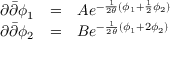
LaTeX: \begin{array} { l c l } { { \partial { \bar { \partial } } \phi _ { 1 } } } & { { = } } & { { A e ^ { - \frac { 1 } { 2 \theta } ( \phi _ { 1 } + \frac { 1 } { 2 } \phi _ { 2 } ) } } } \\ { { \partial { \bar { \partial } } \phi _ { 2 } } } & { { = } } & { { B e ^ { - \frac { 1 } { 2 \theta } ( \phi _ { 1 } + 2 \phi _ { 2 } ) } } } \end{array}